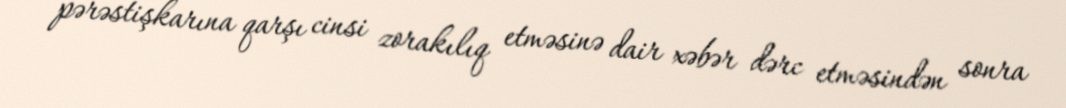
pərəstişkarına qarşı cinsi zorakılıq etməsinə dair xəbər dərc etməsindən sonra